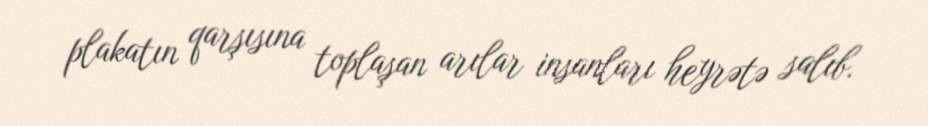
plakatın qarşısına toplaşan arılar insanları heyrətə salıb.